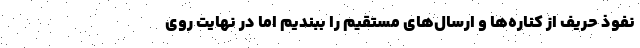
نفوذ حریف از کناره‌ها و ارسال‌های مستقیم را ببندیم اما در نهایت روی